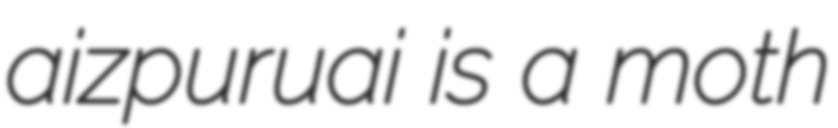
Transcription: aizpuruai is a moth